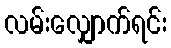
လမ်းလျှောက်ရင်း